Report on the working of the Ranchi Indian Mental Hospital, Kanke, in Bihar and Orissa - 1930-1940
Year: 1930
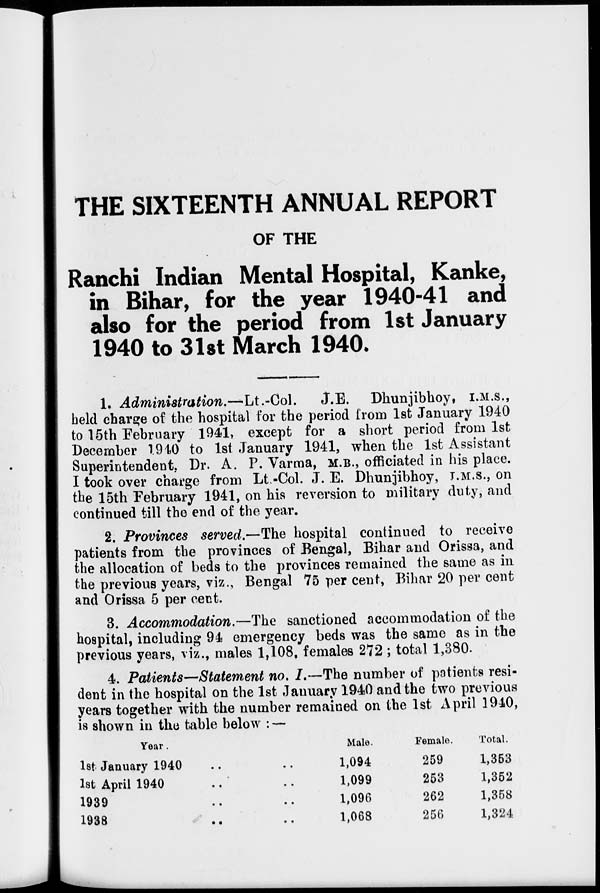
THE SIXTEENTH ANNUAL REPORT
OF THE
Ranchi Indian Mental Hospital, Kanke,
in Bihar, for the year 1940-41 and
also for the period from 1st January
1940 to 31st March 1940.
1. Administration.—Lt.-Col J.E. Dhunjibhoy, I.M.S.,
held charge of the hospital for the period from 1st January 1940
to 15th February 1941, except for a short period from 1st
December 1940 to 1st January 1941, when the 1st Assistant
Superintendent, Dr. A. P. Varma, M.B., officiated in his place.
I took over charge from Lt.-Col. J. E. Dhunjibhoy, I.M.S., on
the 15th February 1941, on his reversion to military duty, and
continued till the end of the year.
2. Provinces served.—The hospital continued to receive
patients from the provinces of Bengal, Bihar and Orissa, and
the allocation of beds to the provinces remained the same as in
the previous years, viz., Bengal 75 per cent, Bihar 20 per cent
and Orissa 5 per cent.
3. Accommodation.—The sanctioned accommodation of the
hospital, including 94 emergency beds was the same as in the
previous years, viz., males 1,108, females 272; total 1,380.
4. Patients—Statement no. I.—The number of patients resi-
dent in the hospital on the 1st January 1940 and the two previous
years together with the number remained on the 1st April 1940,
is shown in the table below : —
Year.
1st January 1940 .. ..
1st April 1940 .. ..
1939 .. ..
1938 .. ..
Male.
1,094
1,099
1,096
1,068
Female.
259
253
262
256
Total.
1,353
1,352
1,358
1,324